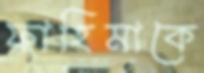
ফাহিমাকে